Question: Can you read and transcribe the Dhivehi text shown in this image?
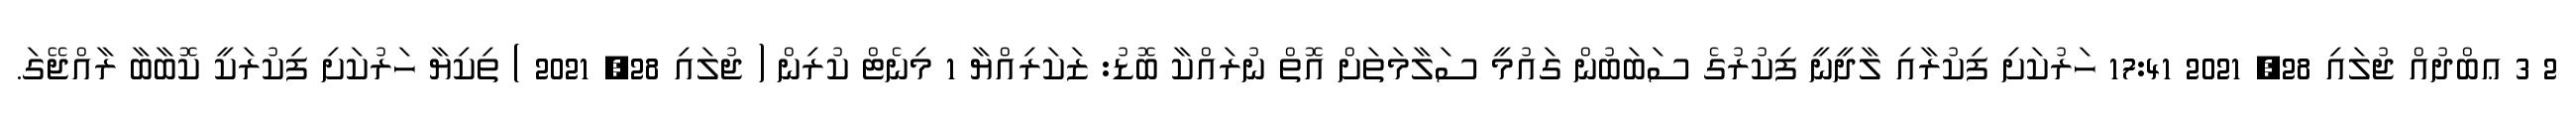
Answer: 2 3 ޢބްދުއް ޖުލައި 28, 2021 17:41 ހަރުކަށި ފިކުރާއި ލާދީނީ ފިކުރުގެ ސަބަބުން ގައުމީ ސަލާމަތަށް އޮތް ނުރައްކާ ބޮޑު: ޒަކަރިއްޔާ 1 މިނެޓް ކުރިން ( ޖުލައި 28, 2021 ) ތިކިޔާ ހަރުކަށި ފިކުރަކީ ކޮބާބާ ރާއްޖޭގަ.